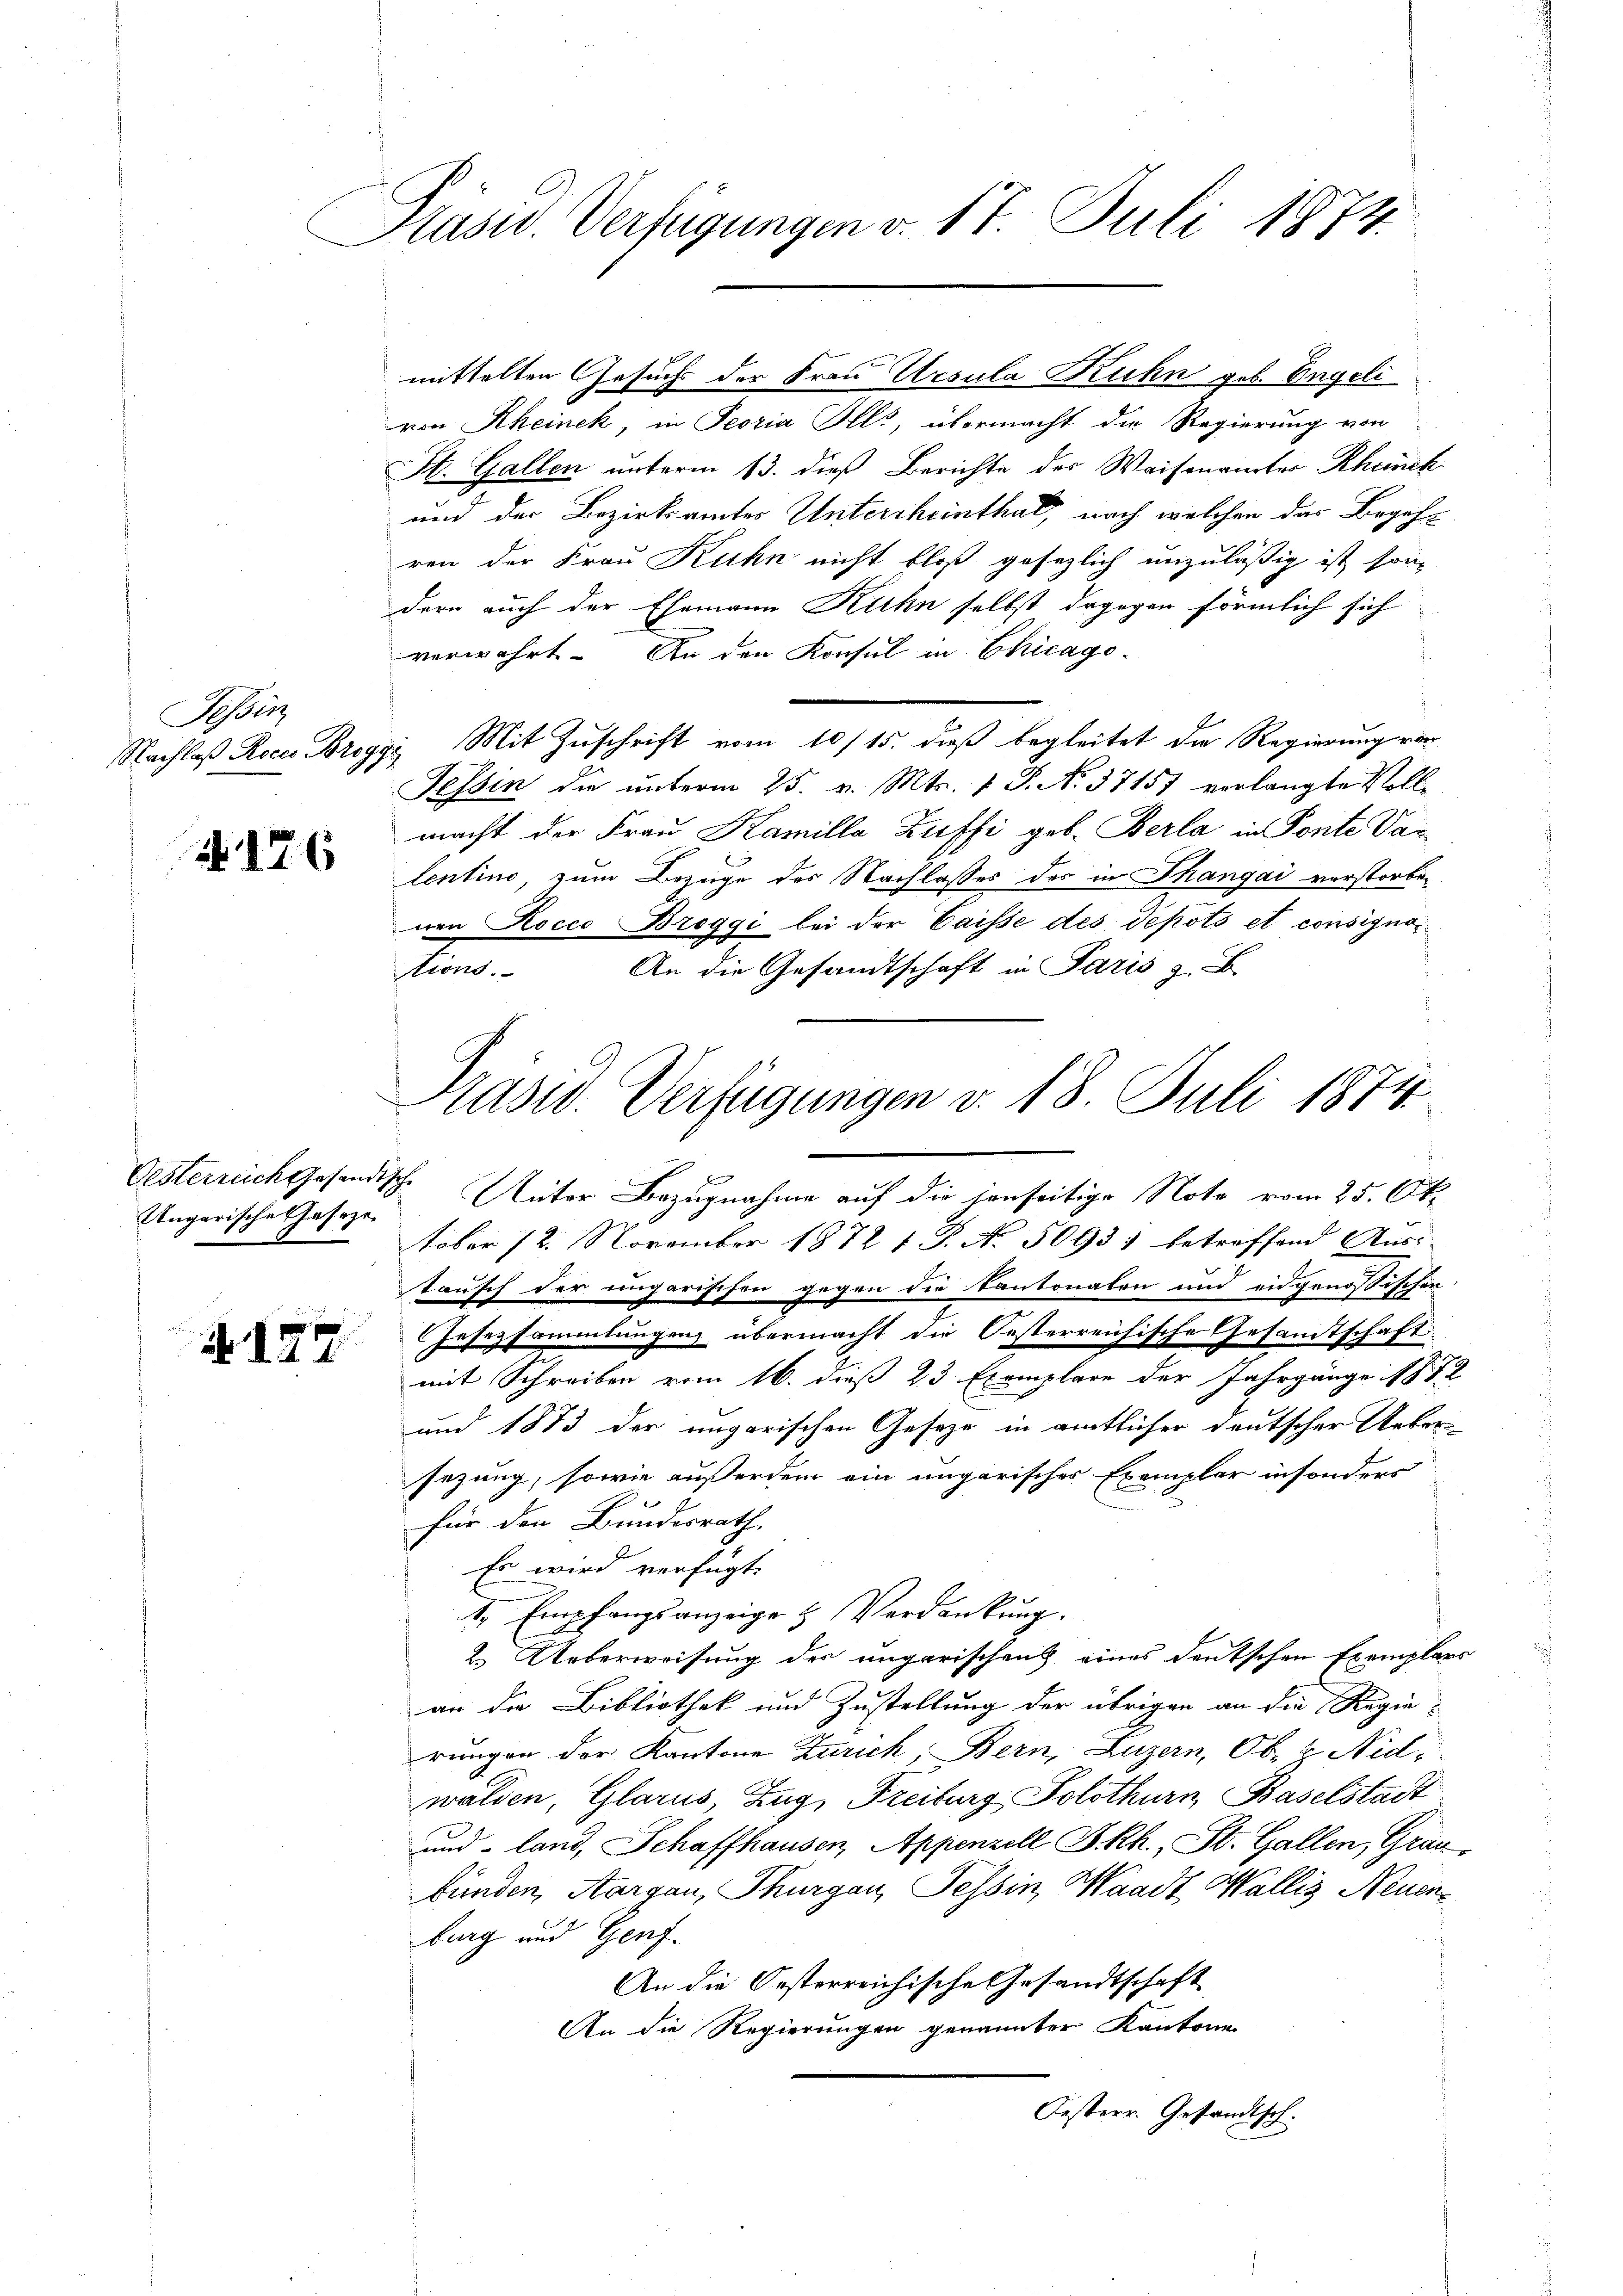
Tessin

176

Ungarische Geseze

177

Präsid. Verfügungen v. 17. Juli 1874.

von Rheinek, in Peoria Alls, übermacht die Regierung von
St. Gallen unterm 13. dieß Berichte des Waisenämter Rheinck
und der Bezirksamtes Untercheinthal, nach welchen das Begehr
ren der Frau Kuhn nicht bloß gesezlich unzuläßig ist son
dern auch der Ehemann Kuhn selbst dagegen förmlich sich
verwahrt. An den Konsul in Chicago¬
Nachloß Roca Broggi Mit Zuschrift vom 10/15. dieß begleitet die Regierung vor
Tessin die unterm 25. v. Mts. 1 S. No 37151 verlangte Vollmacht der Frau Kamille Zuffi geb. Berla in Ponte Valentino, zum Bezüge des Nachlasses des in Thangai verstorben
nen Kocco Broggi bei der Caisse des depots et consigno-
An die Gesandtschaft in Paris z. B.
tions.

mittelten Gesuchs der Frau Ursula Ruhn geb. Engeli

Präsid. Verfügungen v. 18. Juli 1874
Oesterreich gesandtsche Unter Bezugnahme auf die jenseitige Note vom 25. Ok¬

tober 72. November 1872 f. P. No. 5093) betreffend Aus-
tausch der ungarischen gegen die Kantonalen und eidgenössischen
Gesetzsammlungen übermacht die Oesterreichische Gesamtschaft.
mit Schreiben vom 16. dieß 23 Exemplare der Jahrgänge 1872
und 1873 der ungarischen Gesetze in amtlicher deutscher Uebersezung, sowie außerdem ein ungarisches Exemplar insonders
für den Bundesrath
Es wird verfügt:
1, Empfangsanzeige & Verdankung.
2. Ueberweisung des ungarischens eines deutschen Exemplars
an die Bibliothek und Zustellung der übrigen an die Regierungen der Kantone Zürich, Bern, Luzern, Ob- & Nid-
walden, Glarus, Zug, Freiburg Solothurn, Baselstadt
und land, Schaffhausen, Appenzell I.Rh., St. Gallen, Grau-
bunden, Aargau, Thurgau, Tessin, Waadt, Wallis Neuenburg und Genf
An die Oesterreichische Gesandtschaft
An die Regierungen genannter Kantone
Oesterr. Gesandtsch.